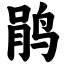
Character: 鹃